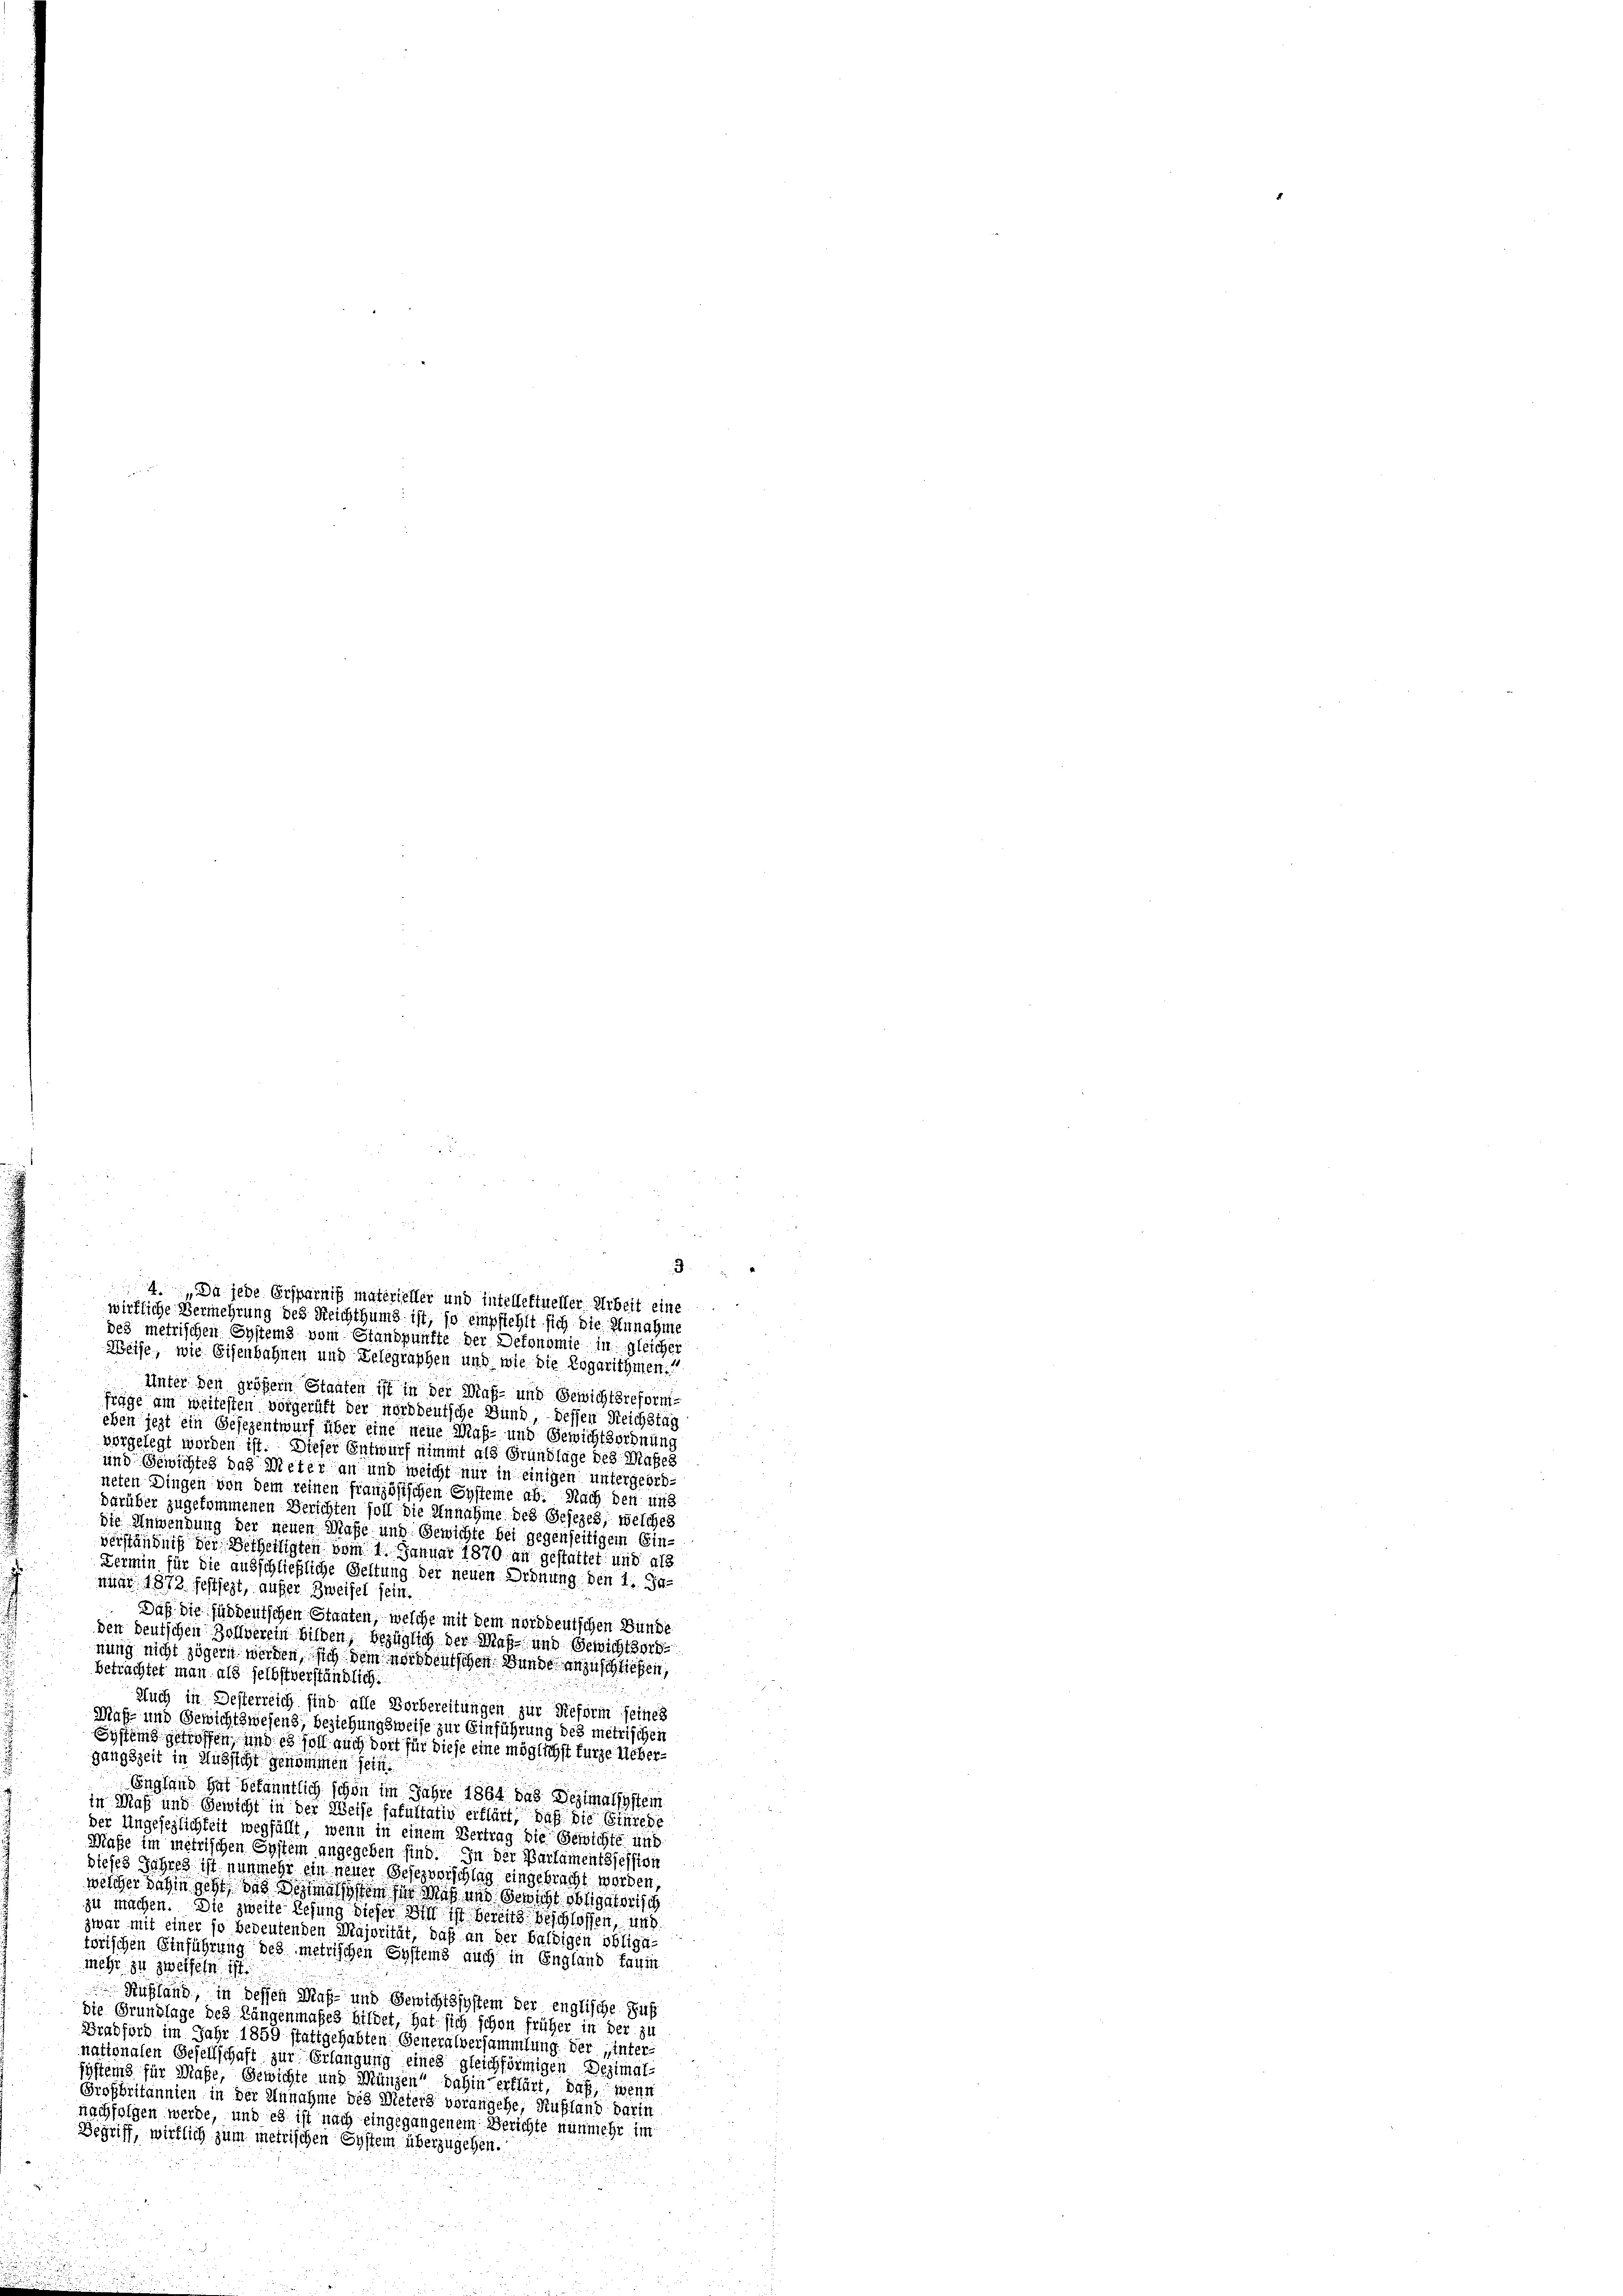
Weise, wie Eisenbahnen und Telegraphen und wie die Rogarithmen.
Unter den größer Staaten ist in der Maß- und Gewichtsreform-
fräge am weitesten vorgericht der norddeutsche Bund, – dessen Reichstag
eben jezt ein Gesezentwurf über eine neue Maß- und Gewichtsordnung
vorgelegt worden ist. Dieser Entwurf nimmt als Grundlage des Maßes
und Gewichtes das Meter an und weicht nur in einigen untergeordneten Dingen von dem reinen französischen Systeme ab. Nach den und
darüber zugekommenen Berichten soll die Annahme des Gesezes, welches
die Anwendung der neuen Maße und Gewichte bei gegenseitigem Ein-
verständniß der Betheiligten vom 1. Januar 1870 an gestattet und als
Fermin für die ausschließliche Geltung der neuen Ordnung den 1. Ja-
nuar 1873 festsezt, aufer Zweifel sein.
Daß die süddeutschen Staaten, welche mit dem norddeutschen Bunde
den deutschen Zollverein bilden, bezüglich der Maß- und Gewichtsorte
nung nicht zögern werden, sich dem norddeutschen Bunde anzuschließen,
betrachtet man als selbst verständlich.
Auch in Desterreich sind alle Vorbereitungen zur Reform seines
Maf- und Gewichtswesend, beziehungsweise zur Einführung des metrischen
Systems getroffen, und es soll auch dort für diese eine möglichst fürze Uebergangszeit in Aussicht genommen sein.
England hat bekanntlich schon im Jahre 1864 das Bezimalsystein
in Maß und Gewicht in der Weise fakultativ erklärt, daß die Einrede
der Ungesezlichkeit wegfällt, wenn in einem Vertrag die Gewichte und
Maße im metrischen System angegeben sind. In der Parlamentsession
dieses Jahres ist nunmehr ein neuer Gesezverschlag eingebracht werden,
welcher dahin geht, das Serialisten für Maß und Gewicht obligatorisch
zu machen. Die zweite Refung dieser Will ist bereits beschlossen, und
zwar mit einer so bedeutenden Majorität, daß an der baldigen obliga-
torischen Einführung des metrischen Systems auch in England faum
mehr zu zweifeln ist.
Rußland, in dessen Maß- und Gewichtssystem der englische Sup
die Grundlage des Längenmaßes bildet, hat sich schon früher in der zu
Bradford im Jahr 1859 stattgehabten Generalversammlung der unter-
nationalen Gesellschaft zur Erlangung eines gleichförmigen Dezimal-
systems für Maße, Gewichte und Münzen dahin erklärt, daß, wenn
Großbritannien in der Annahme des Meters vorangehe, Rußland darin
nachfolgen werde, und es ist nach eingegangenem Berichte nunmehr im
Begriff, wirklich zum metrischen System überzugehen.

3
4. Da jede Ersparnis materieller und intellektueller Arbeit eine
wirkliche Vermehrung des Reichthums ist, so empfiehlt sich die Annahme
des metrischen Systems vom Standpünfte der Defonomie in gleicher